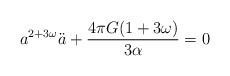
LaTeX: \begin{align*}a^{2+3\omega}\ddot{a}+\frac{4\pi G(1+3\omega)}{3\alpha}=0\end{align*}